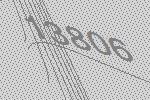
13806